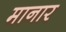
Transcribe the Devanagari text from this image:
मानार